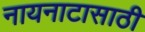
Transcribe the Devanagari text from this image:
नायनाटासाठी